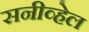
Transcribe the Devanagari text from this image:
सनीव्हेल